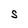
Character: S